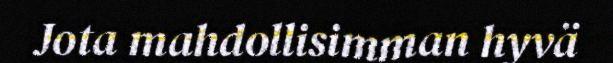
Jota mahdollisimman hyvä